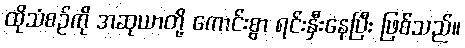
ထိုသံစဉ်ကို အဆုယာတို့ ကောင်းစွာ ရင်းနှီးနေပြီး ဖြစ်သည်။